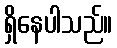
ရှိနေပါသည်။